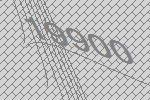
19900